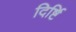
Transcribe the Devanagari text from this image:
दिर्ष्टि